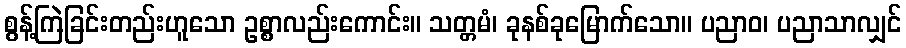
စွန့်ကြဲခြင်းတည်းဟူသော ဥစ္စာလည်းကောင်း။ သတ္တမံ၊ ခုနစ်ခုမြောက်သော။ ပညာဝ၊ ပညာသာလျှင်